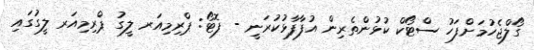
ގޯލްޖެހުމަށްފަހު ސްޓޯކް ކުޅުންތެރިން އުފާފާޅުކުރަނީ - ފޮޓޯ: ޕްރިމިއަރ ލީގު ޕްރިމިއަރ ލީގުގައި